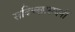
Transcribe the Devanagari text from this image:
सदिच्छासदनीं